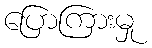
ပြောကြားမှု